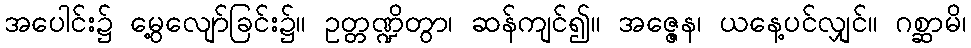
အပေါင်း၌ မွေ့လျော်ခြင်း၌။ ဥတ္တဏ္ဍိတွာ၊ ဆန်ကျင်၍။ အဇ္ဇေန၊ ယနေ့ပင်လျှင်။ ဂစ္ဆာမိ၊